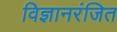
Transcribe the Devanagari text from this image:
विज्ञानरंजित